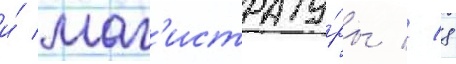
и́ маг'истрату́ры // 8